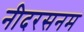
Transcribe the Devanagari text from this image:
नीदरसनम